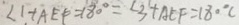
\angle 1 + A E F = 1 8 0 ^ { \circ } = \angle 3 + A E F = 1 8 0 ^ { \circ } C